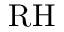
\mathrm { R H }